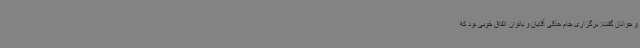
و جوانان گفت: برگزاری جام حذفی آقایان و بانوان اتفاق خوبی بود که